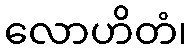
လောဟိတံ၊